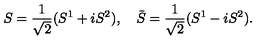
S = \frac { 1 } { \sqrt { 2 } } ( S ^ { 1 } + i S ^ { 2 } ) , \quad \bar { S } = \frac { 1 } { \sqrt { 2 } } ( S ^ { 1 } - i S ^ { 2 } ) .